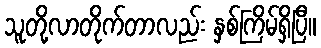
သူတို့လာတိုက်တာလည်း နှစ်ကြိမ်ရှိပြီ။